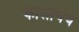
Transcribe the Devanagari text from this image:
कालीचेच